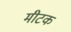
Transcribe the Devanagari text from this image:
मीटक